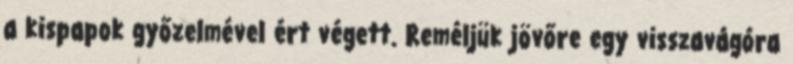
a kispapok győzelmével ért végett. Reméljük jövőre egy visszavágóra